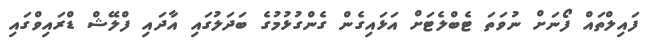
ފައިލްތައް ފޯނަށް ނުވަތަ ޓެބްލެޓަށް އަޅައިގެން ގެންގުޅުމުުގެ ބަދަލުގައި އާދައި ފްލޭޝް ޑްރައިވްގައި